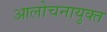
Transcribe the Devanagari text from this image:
आलोचनायुक्त